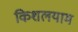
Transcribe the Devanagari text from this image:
किशलयाम